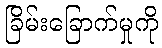
ခြိမ်းခြောက်မှုကို